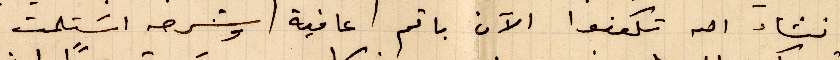
انشاء الله تكونوا الآن باتم عافية وشرحه استلمت